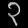
Digit: ၃